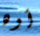
أوه